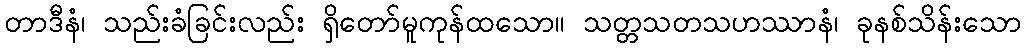
တာဒီနံ၊ သည်းခံခြင်းလည်း ရှိတော်မူကုန်ထသော။ သတ္တသတသဟဿာနံ၊ ခုနစ်သိန်းသော